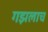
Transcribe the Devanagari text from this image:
गझलाच